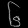
Digit: ၆